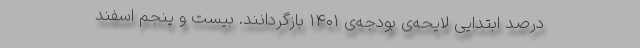
درصدِ ابتداییِ لایحه‌ی بودجه‌ی ۱۴۰۱ بازگردانند. بیست و پنجم اسفند